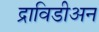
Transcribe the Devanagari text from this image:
द्राविडीअन